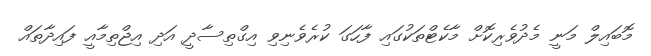
މޮބައިލް މަނީ މެދުވެރިކޮށް މާކެޓްތަކުގައި ފާހަގަ ކުރެވެނިވި އިގްތިސާދީ އަދި އިޖްތިމާއީ ފައިދާތައް